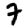
Digit: 7